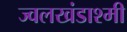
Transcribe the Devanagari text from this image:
ज्वलखंडाश्मी